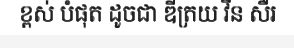
ខ្ពស់ បំផុត ដូចជា ឌីត្រយ វីន សឺរ